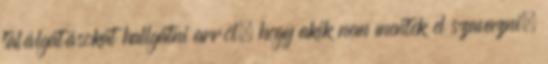
találgatásokat hallgatni arról, hogy akik nem mentek el szavazni,